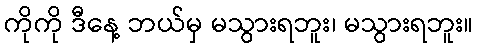
ကိုကို ဒီနေ့ ဘယ်မှ မသွားရဘူး၊ မသွားရဘူး။